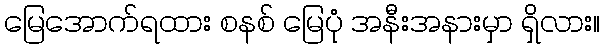
မြေအောက်ရထား စနစ် မြေပုံ အနီးအနားမှာ ရှိလား။